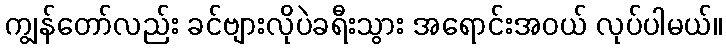
ကျွန်တော်လည်း ခင်ဗျားလိုပဲခရီးသွား အရောင်းအဝယ် လုပ်ပါမယ်။